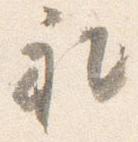
礼